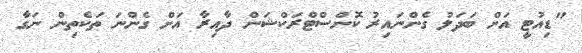
"ޑިއުޓީ އަށް ބަދަލު ގެންނައިރު ކޮންސްޓްރަކްޝަން ދާއިރާ އަށް ގެންނަ ތަކެތިން ނަގާ